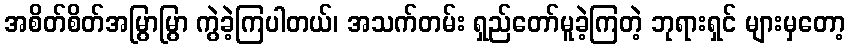
အစိတ်စိတ်အမြွာမြွာ ကွဲခဲ့ကြပါတယ်၊ အသက်တမ်း ရှည်တော်မူခဲ့ကြတဲ့ ဘုရားရှင် များမှတော့